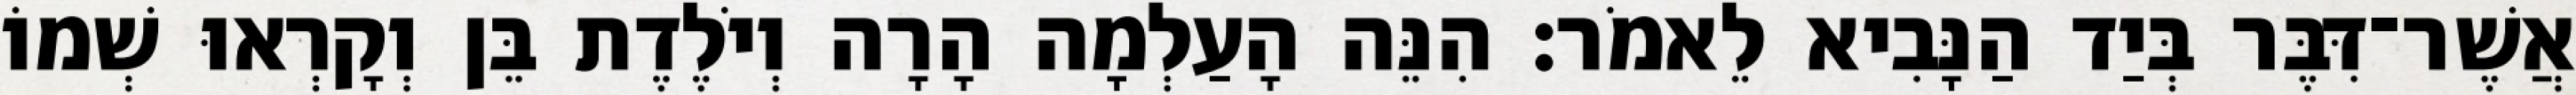
אֲשֶׁר־דִּבֶּר בְּיַד הַנָּבִיא לֵאמֹר׃ הִנֵּה הָעַלְמָה הָרָה וְיֹלֶדֶת בֵּן וְקָרְאוּ שְׁמוֹ